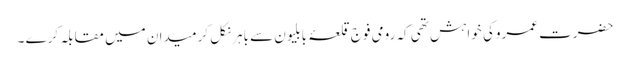
حضرت عمروکی خواہش تھی کہ رومی فوج قلعۂ بابلیون سے باہر نکل کر میدان میں مقابلہ کرے ۔